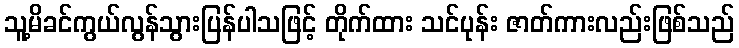
သူ့မိခင်ကွယ်လွန်သွားပြန်ပါသဖြင့် တိုက်ထား သင်ပုန်း ဇာတ်ကားလည်းဖြစ်သည်